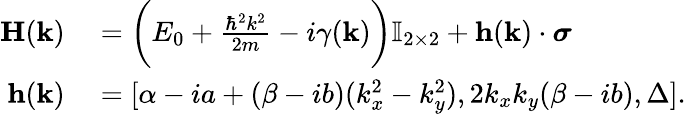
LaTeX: \begin{array}{rl}{\mathbf{H}(\mathbf{k})}&{{}=\bigg(E_{0}+\frac{\hbar^{2}k^{2}}{2m}-i\gamma(\mathbf{k})\bigg)\mathbb{I}_{2\times 2}+\mathbf{h}(\mathbf{k})\cdot\boldsymbol\sigma}\\ {\mathbf{h}(\mathbf{k})}&{{}=[\alpha-ia+(\beta-ib)(k_{x}^{2}-k_{y}^{2}),2k_{x}k_{y}(\beta-ib),\Delta].}\end{array}